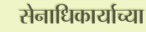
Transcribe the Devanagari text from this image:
सेनाधिकार्याच्या